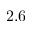
2 . 6